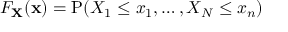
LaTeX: F _ { \mathbf { X } } ( \mathbf { x } ) = \operatorname { P } ( X _ { 1 } \leq x _ { 1 } , \ldots , X _ { N } \leq x _ { n } )